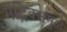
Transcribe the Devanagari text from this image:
मॅट्रिक्समुळे